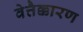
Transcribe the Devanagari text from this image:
वेत्तैक्कारण